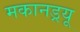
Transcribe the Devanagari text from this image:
मकानड्रयू